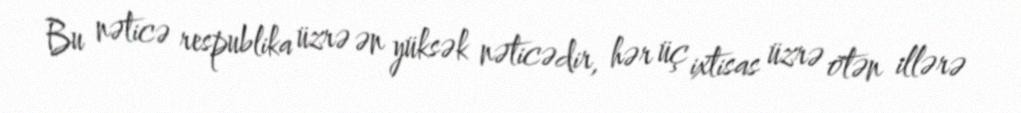
Bu nəticə respublika üzrə ən yüksək nəticədir, hər üç ixtisas üzrə ötən illərə